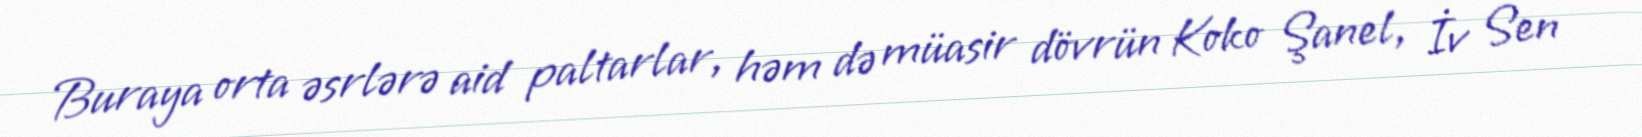
Buraya orta əsrlərə aid paltarlar, həm də müasir dövrün Koko Şanel, İv Sen